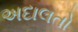
અદાલતો